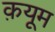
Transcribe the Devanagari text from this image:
क़यूम